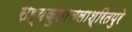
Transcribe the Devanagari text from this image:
सह्यकुलाचलाश्रितपुरे